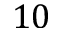
1 0